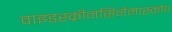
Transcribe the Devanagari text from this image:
वाइडस्क्रीनसिनेमास्कोप